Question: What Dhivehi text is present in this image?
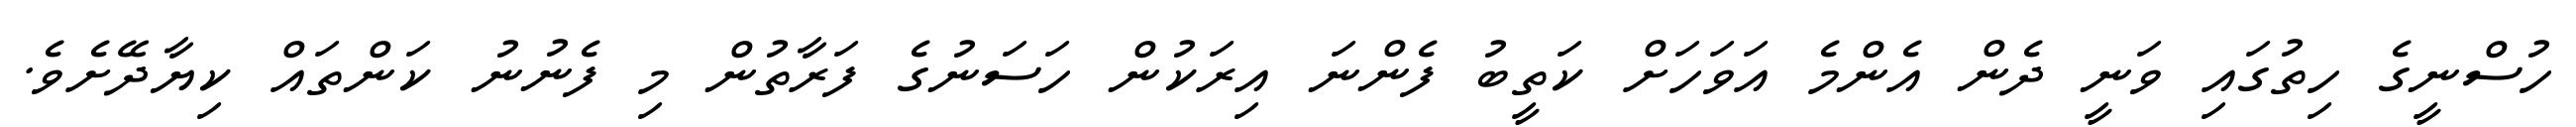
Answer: ހުސްނީގެ ހިތުގައި ވަނީ ދެން އެންމެ އަވަހަށް ކަތީބު ފެންނަ އިރަކުން ހަސަނުގެ ފަރާތުން މި ފެނުނު ކަންތައް ކިޔާދޭށެވެ.